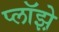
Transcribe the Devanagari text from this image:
प्लॉझ़े